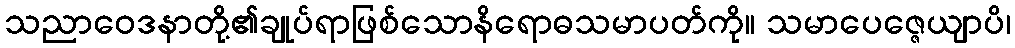
သညာဝေဒနာတို့၏ချုပ်ရာဖြစ်သောနိရောဓသမာပတ်ကို။ သမာပေဇ္ဇေယျာပိ၊